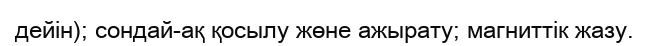
дейін); сондай-ақ қосылу жөне ажырату; магниттік жазу.